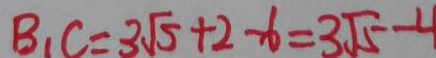
B _ { 1 } C = 3 \sqrt { 5 } + 2 - 6 = 3 \sqrt { 5 } - 4